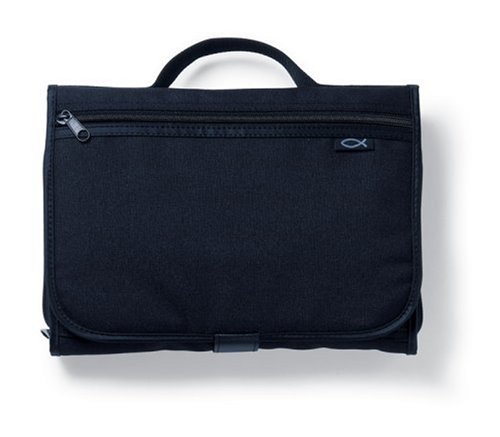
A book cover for Tri-Fold Organizer (Bible and Book Cover) Black LG; Zondervan; Christian Books & Bibles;